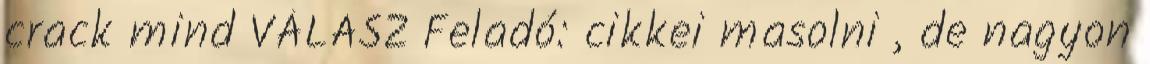
crack mind VÁLASZ Feladó: cikkei masolni , de nagyon